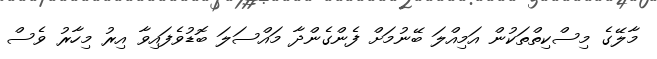
މާލޭގެ މިސްކިތްތަކުން އަމިއްލަ ބޭނުމަށް ފެންގެންދާ މައްސަލަ ބޮޑުވެފައިވާ އިރު މިހާރު ވެސް